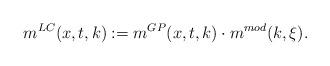
LaTeX: \begin{align*} m^{LC}(x,t,k):=m^{GP}(x,t,k)\cdot m^{mod}(k,\xi).\end{align*}